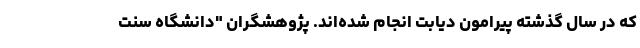
که در سال گذشته پیرامون دیابت انجام شده‌اند. پژوهشگران "دانشگاه سنت